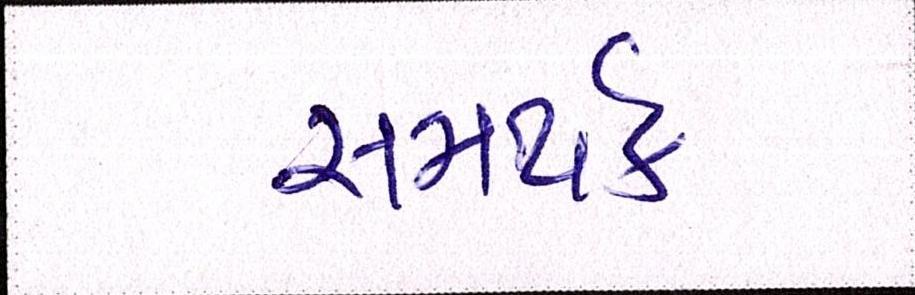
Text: સમર્થક